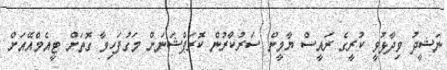
ނަޝީދު ވިދާޅުވީ ކުރީގެ ރައީސް ޔާމީން ސަރުކާރުން ކޮރަޕްޝަނަށް މަގުފަހިވާ ގޮތަށް ޓީއެމްއޭއަށް